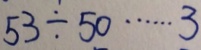
5 3 \div 5 0 \cdots 3